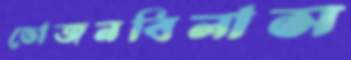
ভোজনবিলাস